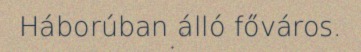
Háborúban álló főváros.